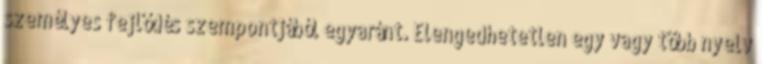
személyes fejlődés szempontjából egyaránt. Elengedhetetlen egy vagy több nyelv